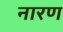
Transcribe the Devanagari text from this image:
नारण